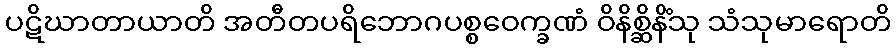
ပဋိဃာတာယာတိ အတီတပရိဘောဂပစ္စဝေက္ခဏံ ဝိနိစ္ဆိနိံသု သံသုမာရောတိ